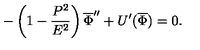
- \left( 1 - \frac { P ^ { 2 } } { E ^ { 2 } } \right) \overline { { \Phi } } ^ { \prime \prime } + U ^ { \prime } ( \overline { { \Phi } } ) = 0 .